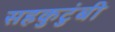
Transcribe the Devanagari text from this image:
सहकुटुंबी